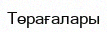
Төрағалары